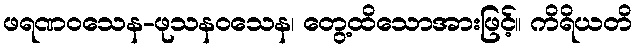
ဖရဏဝသေန-ဖုသနဝသေန၊ တွေ့ထိသောအားဖြင့်။ ကိရိယတိ